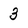
Character: 3